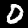
Label: 0